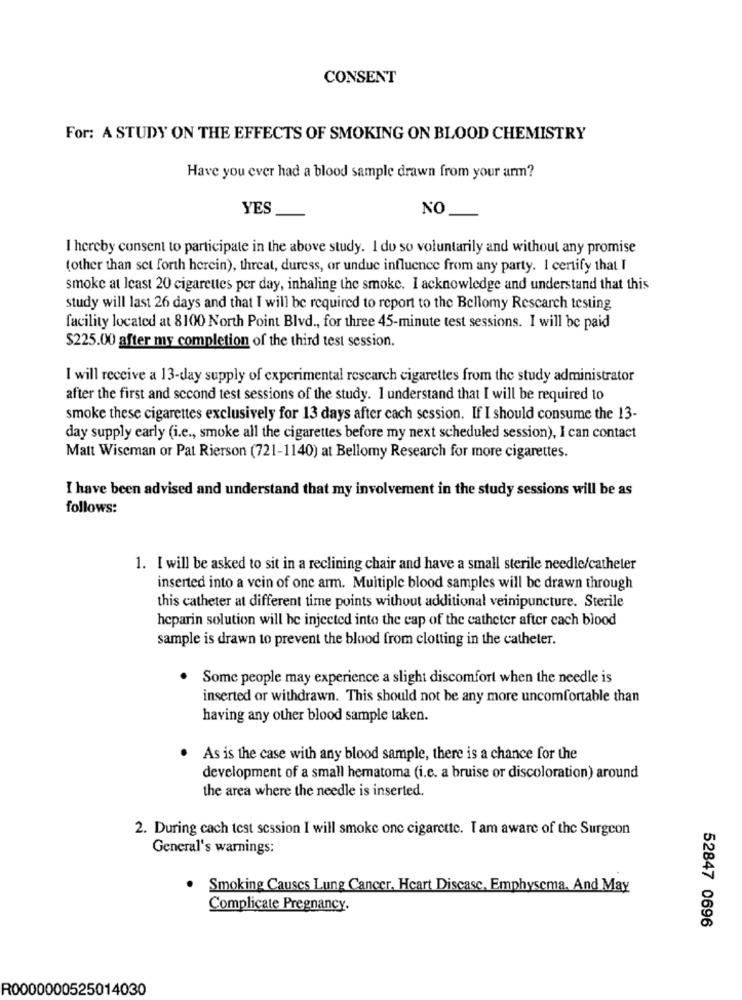
CONSENT
For: A STUDY ON THE EFFECTS OF SMOKING ON BLOOD CHEMISTRY
Have you ever had a blood sample drawn from your arm?
YES
NO
I hereby consent to participate in the above study. I do so voluntarily and without any promise
(other than set forth herein), threat, duress, or undue influence from any party. I certify that I
smoke at least 20 cigarettes per day, inhaling the smoke. I acknowledge and understand that this
study will last 26 days and that I will be required to report to the Bellomy Rescarch testing
facility located at 8100 North Point Blvd ., for three 45-minute test sessions. I will be paid
$225.00 after my completion of the third test session.
I will receive a 13-day supply of experimental rescarch cigarettes from the study administrator
after the first and second test sessions of the study. I understand that I will be required to
smoke these cigarettes exclusively for 13 days after cach session. If I should consume the 13-
day supply early (i.e ., smoke all the cigarettes before my next scheduled session), I can contact
Matt Wiseman or Pat Rierson (721-1140) at Bellomy Research for more cigarettes.
I have been advised and understand that my involvement in the study sessions will be as
follows:
1. I will be asked to sit in a reclining chair and have a small sterile needle/catheter
inserted into a vein of one arm. Multiple blood samples will be drawn through
this catheter at different time points without additional veinipuncture. Sterile
heparin solution will be injected into the cap of the catheter after cach blood
sample is drawn to prevent the blood from clotting in the catheter.
Some people may experience a slight discomfort when the needle is
inserted or withdrawn. This should not be any more uncomfortable than
having any other blood sample taken.
. As is the case with any blood sample, there is a chance for the
development of a small hematoma (i.e. a bruise or discoloration) around
the area where the needle is inserted.
2. During cach test session I will smoke one cigarette. I am aware of the Surgeon
General's warnings:
Smoking Causes Lung Cancer. Heart Disease. Emphysema. And May
Complicate Pregnancy.
52847 0696
R0000000525014030